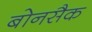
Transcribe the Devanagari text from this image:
बोनसैक